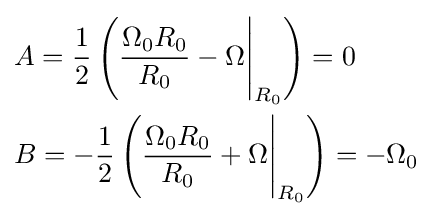
{\begin{aligned}&A={\frac {1}{2}}\left({\frac {\Omega _{0}R_{0}}{R_{0}}}-{\Omega }{\Bigg \vert }_{R_{0}}\right)=0\\&B=-{\frac {1}{2}}\left({\frac {\Omega _{0}R_{0}}{R_{0}}}+{\Omega }{\Bigg \vert }_{R_{0}}\right)=-\Omega _{0}\\\end{aligned}}